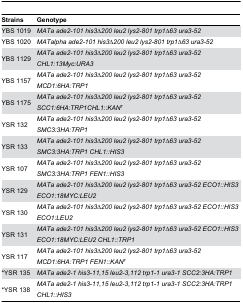
<table><thead><tr><td><b>Strains</b></td><td><b>Genotype</b></td></tr></thead><tbody><tr><td>YBS 1019</td><td><i>MATa ade2-101 his3∆200 leu2 lys2-801 trp1∆63 ura3-52</i></td></tr><tr><td>YBS 1020</td><td><i>MATalpha ade2-101 his3∆200 leu2 lys2-801 trp1∆63 ura3-52</i></td></tr><tr><td>YBS 1129</td><td><i>MATa ade2-101 his3∆200 leu2 lys2-801 trp1∆63 ura3-52 CHL1:13Myc:URA3</i></td></tr><tr><td>YBS 1157</td><td><i>MATa ade2-101 his3∆200 leu2 lys2-801 trp1∆63 ura3-52 MCD1:6HA:TRP1</i></td></tr><tr><td>YBS 1175</td><td><i>MATa ade2-101 his3∆200 leu2 lys2-801 trp1∆63 ura3-52 SCC1:6HA:TRP1CHL1::KAN<sup>r</sup></i></td></tr><tr><td>YSR 132</td><td><i>MATa ade2-101 his3∆200 leu2 lys2-801 trp1∆63 ura3-52 SMC3:3HA:TRP1</i></td></tr><tr><td>YSR 133</td><td><i>MATa ade2-101 his3∆200 leu2 lys2-801 trp1∆63 ura3-52 SMC3:3HA:TRP1 CHL1::HIS3</i></td></tr><tr><td>YSR 107</td><td><i>MATa ade2-101 his3∆200 leu2 lys2-801 trp1∆63 ura3-52 SMC3:3HA:TRP1 FEN1::HIS3</i></td></tr><tr><td>YSR 129</td><td><i>MATa ade2-101 his3∆200 leu2 lys2-801 trp1∆63 ura3-52 ECO1::HIS3 ECO1:18MYC:LEU2</i></td></tr><tr><td>YSR 130</td><td><i>MATa ade2-101 his3∆200 leu2 lys2-801 trp1∆63 ura3-52 ECO1::HIS3 ECO1:LEU2</i></td></tr><tr><td>YSR 131</td><td><i>MATa ade2-101 his3∆200 leu2 lys2-801 trp1∆63 ura3-52 ECO1::HIS3 ECO1:18MYC:LEU2 CHL1::TRP1</i></td></tr><tr><td>YSR 117</td><td><i>MATa ade2-101 his3∆200 leu2 lys2-801 trp1∆63 ura3-52 MCD1:6HA:TRP1 FEN1::KAN<sup>r</sup></i></td></tr><tr><td>*YSR 135</td><td><i>MATa ade2-1 his3-11,15 leu2-3,112 trp1-1 ura3-1 SCC2:3HA:TRP1</i></td></tr><tr><td>*YSR 138</td><td><i>MATa ade2-1 his3-11,15 leu2-3,112 trp1-1 ura3-1 SCC2:3HA:TRP1 CHL1::HIS3</i></td></tr></tbody></table>